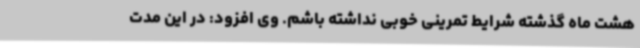
هشت ماه گذشته شرایط تمرینی خوبی نداشته باشم. وی افزود: در این مدت